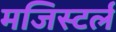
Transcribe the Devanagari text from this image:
मजिस्टर्ल